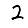
Digit: 2